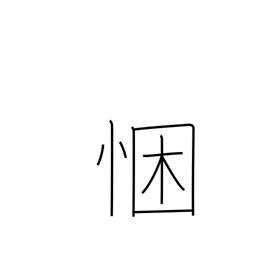
Meaning: sincerity